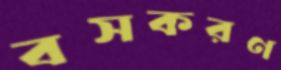
বসকরণ